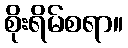
စိုးရိမ်စရာ။